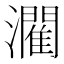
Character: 𤂶